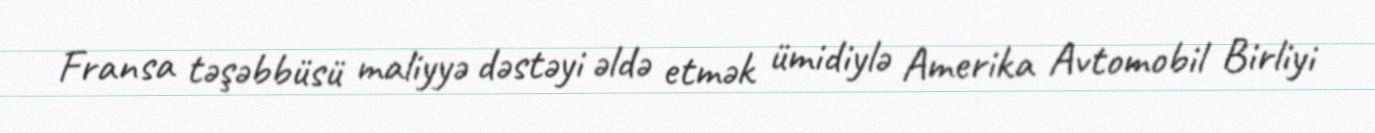
Fransa təşəbbüsü maliyyə dəstəyi əldə etmək ümidiylə Amerika Avtomobil Birliyi